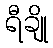
ရီချို